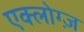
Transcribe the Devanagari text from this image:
एक्लोग्ज़